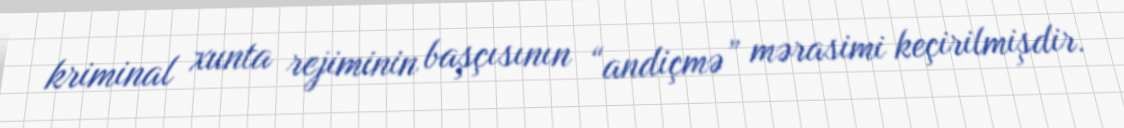
kriminal xunta rejiminin başçısının “andiçmə” mərasimi keçirilmişdir.